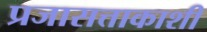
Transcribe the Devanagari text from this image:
प्रजासत्ताकाशी